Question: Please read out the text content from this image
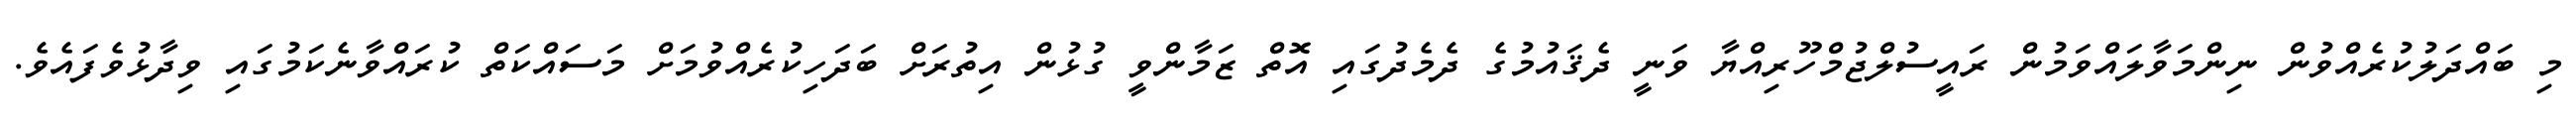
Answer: މި ބައްދަލުކުރެއްވުން ނިންމަވާލައްވަމުން ރައީސުލްޖުމްހޫރިއްޔާ ވަނީ ދެޤައުމުގެ ދެމެދުގައި އޮތް ޒަމާންވީ ގުޅުން އިތުރަށް ބަދަހިކުރެއްވުމަށް މަސައްކަތް ކުރައްވާނެކަމުގައި ވިދާޅުވެފައެވެ.